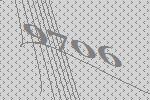
9706